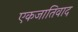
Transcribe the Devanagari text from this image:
एकजातिवाद